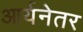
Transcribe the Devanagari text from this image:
आर्यनेतर